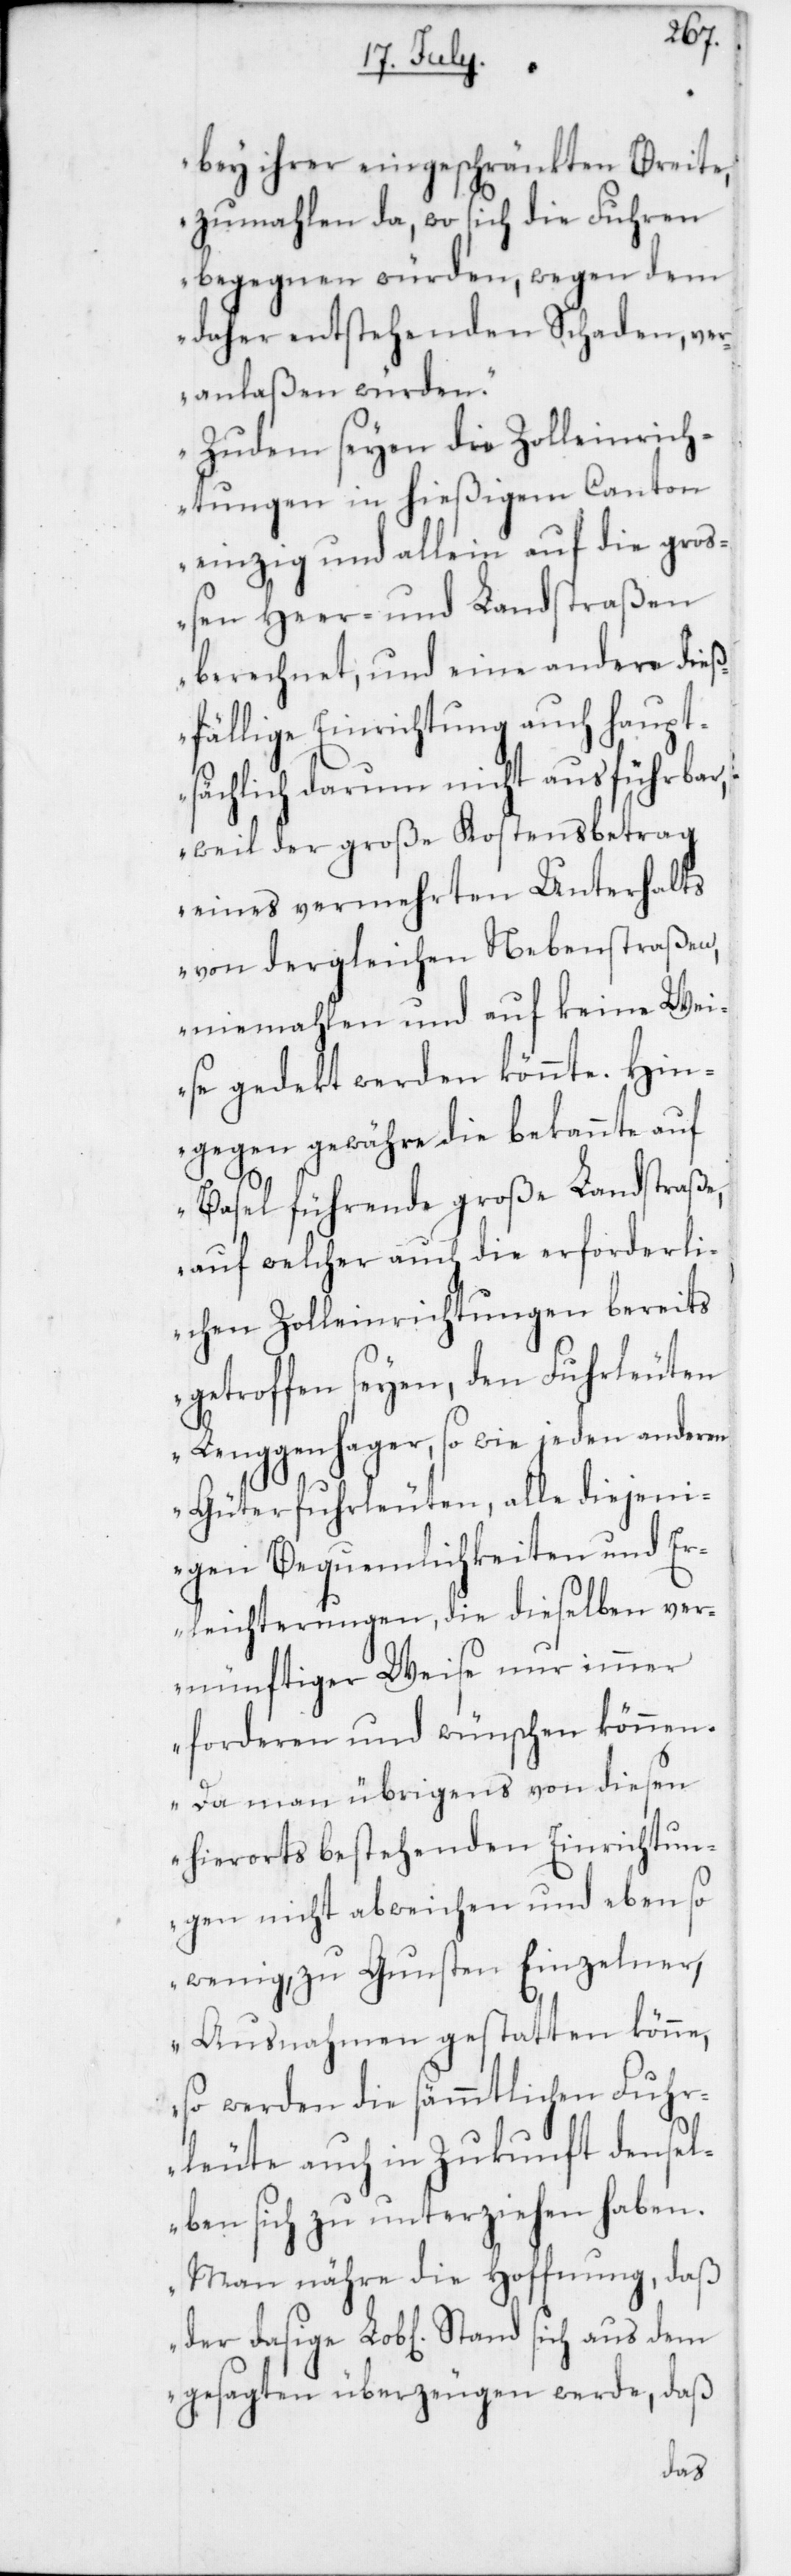
bey ihrer eingeschränkten Breite,
zumahlen da, wo sich die Fuhren
begegnen würden, wegen dem
daher entstehenden Schaden, ver¬
anlaßen würden.
Zudem seyen die Zolleinrich¬
tungen in hießigem Canton
einzig und allein auf die gro¬
ßen Heer- und Landstraßen
berechnet, und eine andere dieß¬
fällige Einrichtung auch haupt¬
sächlich darum nicht ausführbar,
weil der große Kostensbetrag
eines vermehrten Unterhalts
von dergleichen Nebenstraßen,
niemahlen und auf keine Wei¬
se gedekt werden könnte. Hin¬
gegen gewähre die bekannte auf
Basel führende große Landstraße,
auf welcher auch die erforderli¬
chen Zolleinrichtungen bereits
getroffen seyen, den Fuhrleuten
Lenggenhager, sowie jeden anderen
Güterfuhrleuten, alle diejeni¬
gen Bequemlichkeiten und Er¬
leichterungen, die dieselben ver¬
nünftiger Weise nur immer
forderen und wünschen können.
Da man übrigens von diesen
hierorts bestehenden Einrichtun¬
gen nicht abweichen und ebenso
wenig zu Gunsten Einzelner,
Ausnahmen gestatten könne,
so werden die sämmtlichen Fuhr¬
leute auch in Zukunft densel¬
ben sich zu unterziehen haben.
Man nähre die Hoffnung, daß
gesagten überzeugen werde, daß